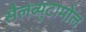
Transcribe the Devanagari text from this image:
सैलब्युटामोल